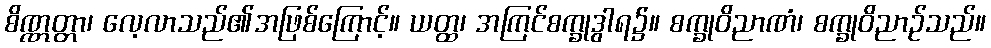
စိဏ္ဏတ္တာ၊ လေ့လာသည်၏အဖြစ်ကြောင့်။ ယတ္ထ၊ အကြင်စက္ခုဒွါရ၌။ စက္ခုဝိညာဏံ၊ စက္ခုဝိညာဉ်သည်။